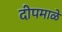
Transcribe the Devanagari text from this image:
दीपमाळे